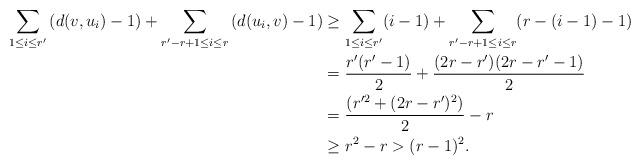
LaTeX: \begin{align*}\sum_{1 \le i \le r'} \left(d(v,u_i)-1\right)+\sum _{r'-r+1 \le i \le r} \left(d(u_i,v)-1\right)&\ge \sum_{1 \le i \le r'} (i-1) +\sum _{r'-r+1 \le i \le r} (r-(i-1)-1) \\&=\frac{r'(r'-1)}{2}+\frac{(2r-r')(2r-r'-1)}{2}\\&=\frac{(r'^2+(2r-r')^2)}{2}-r\\& \ge r^2-r>(r-1)^2.\end{align*}